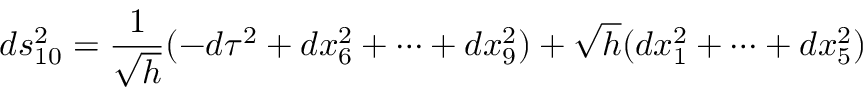
d s _ { 1 0 } ^ { 2 } = \frac { 1 } { \sqrt { h } } ( - d \tau ^ { 2 } + d x _ { 6 } ^ { 2 } + \cdots + d x _ { 9 } ^ { 2 } ) + \sqrt { h } ( d x _ { 1 } ^ { 2 } + \cdots + d x _ { 5 } ^ { 2 } )